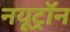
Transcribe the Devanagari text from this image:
नयूट्रॉन